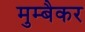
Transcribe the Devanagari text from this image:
मुम्बैकर